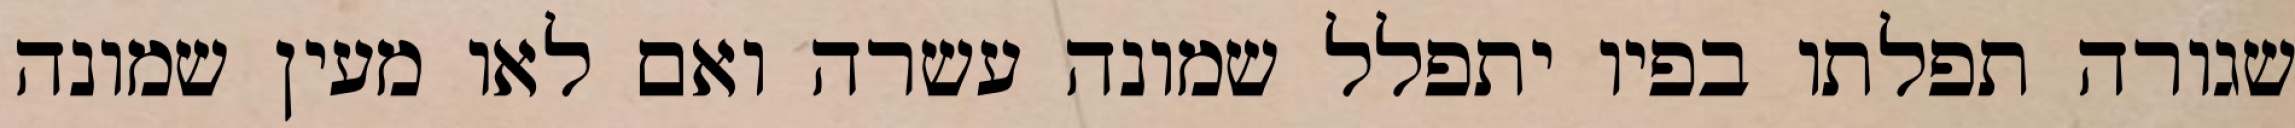
שגורה תפלתו בפיו יתפלל שמונה עשרה ואם לאו מעין שמונה